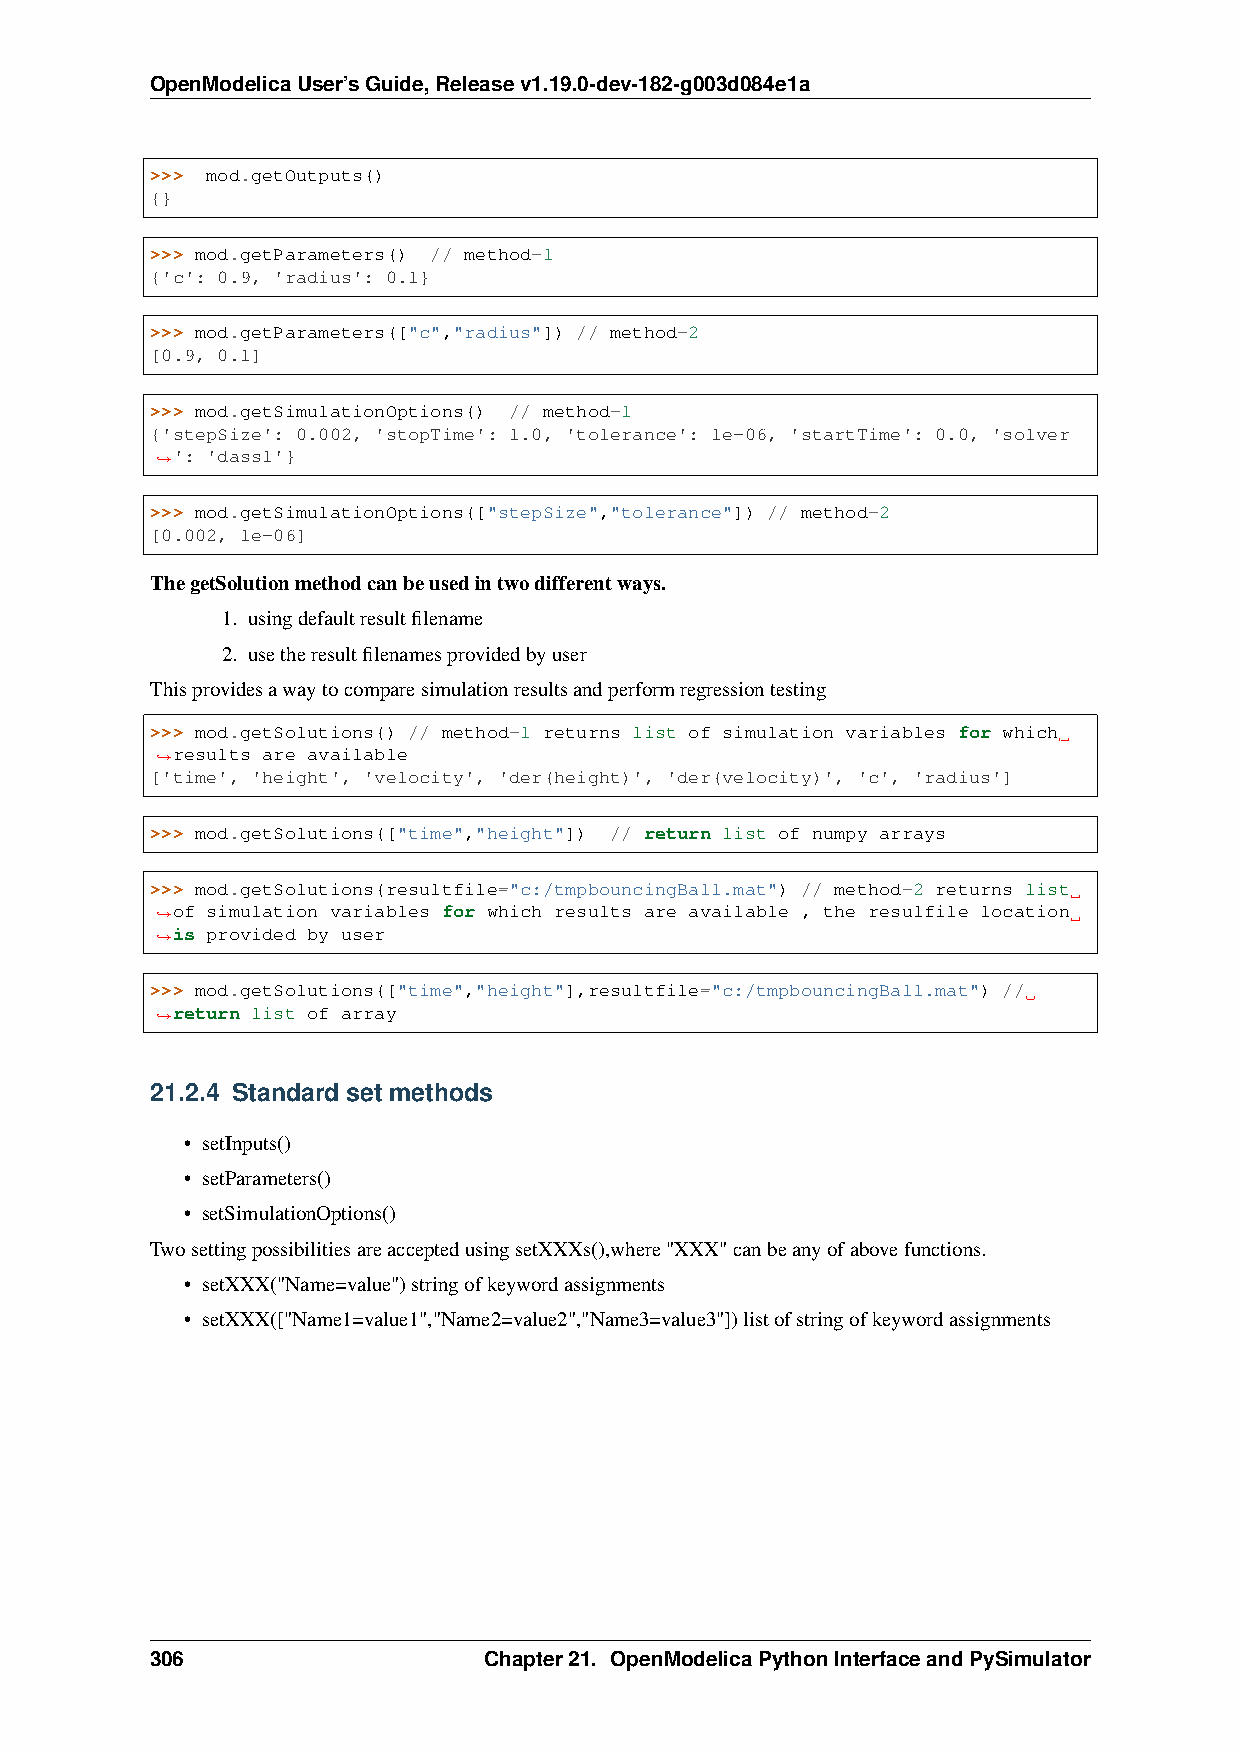
OpenModelicaUser’sGuide,Releasev1.19.0-dev-182-g003d084e1a
 >>> mod.getOutputs()
 {}
 >>> mod.getParameters() // method-1
 {'c': 0.9, 'radius': 0.1}
 >>> mod.getParameters(["c","radius"]) // method-2
 [0.9, 0.1]
 >>> mod.getSimulationOptions() // method-1
 {'stepSize': 0.002, 'stopTime': 1.0, 'tolerance': 1e-06, 'startTime': 0.0, 'solver
 ': 'dassl'}
 ˓→
 >>> mod.getSimulationOptions(["stepSize","tolerance"]) // method-2
 [0.002, 1e-06]
 ThegetSolutionmethodcanbeusedintwodifferentways.
 1. usingdefaultresultfilename
 2. usetheresultfilenamesprovidedbyuser
 Thisprovidesawaytocomparesimulationresultsandperformregressiontesting
 >>> mod.getSolutions() // method-1 returns list of simulation variables for which
 results are available
 ˓→
 ['time', 'height', 'velocity', 'der(height)', 'der(velocity)', 'c', 'radius']
 >>> mod.getSolutions(["time","height"]) // return list of numpy arrays
 >>> mod.getSolutions(resultfile="c:/tmpbouncingBall.mat") // method-2 returns list
 of simulation variables for which results are available , the resulfile location
 ˓→
 is provided by user
 ˓→
 >>> mod.getSolutions(["time","height"],resultfile="c:/tmpbouncingBall.mat") //
 return list of array
 ˓→
 21.2.4 Standard set methods
 • setInputs()
 • setParameters()
 • setSimulationOptions()
 TwosettingpossibilitiesareacceptedusingsetXXXs(),where"XXX"canbeanyofabovefunctions.
 • setXXX("Name=value")stringofkeywordassignments
 • setXXX(["Name1=value1","Name2=value2","Name3=value3"])listofstringofkeywordassignments
 306                   Chapter21. OpenModelicaPythonInterfaceandPySimulator